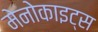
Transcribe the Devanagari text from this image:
मेनोकाइट्स